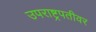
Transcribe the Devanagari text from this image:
उपराष्ट्रपतीवर